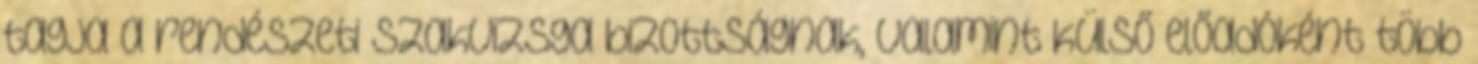
tagja a rendészeti szakvizsga bizottságnak, valamint külső előadóként több